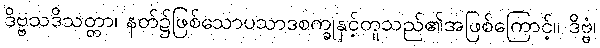
ဒိဗ္ဗသဒိသတ္တာ၊ နတ်၌ဖြစ်သောပသာဒစက္ခုနှင့်တူသည်၏အဖြစ်ကြောင့်။ ဒိဗ္ဗံ၊